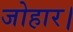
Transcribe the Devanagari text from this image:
जोहार।